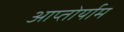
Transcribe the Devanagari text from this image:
आप्‍तोर्याम